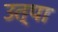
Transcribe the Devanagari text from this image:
उत्पा